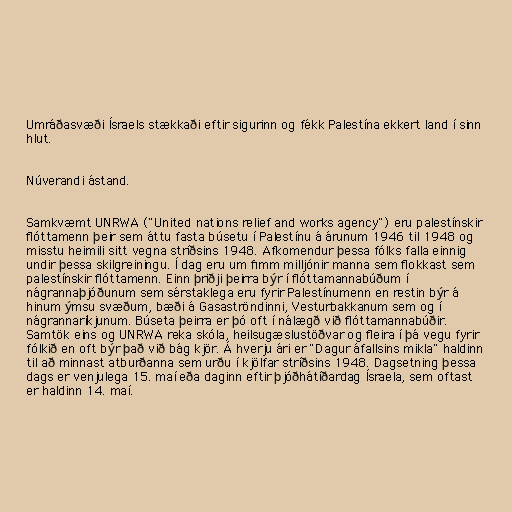
Umráðasvæði Ísraels stækkaði eftir sigurinn og fékk Palestína ekkert land í sinn
hlut.

Núverandi ástand.

Samkvæmt UNRWA ("United nations relief and works agency") eru palestínskir
flóttamenn þeir sem áttu fasta búsetu í Palestínu á árunum 1946 til 1948 og
misstu heimili sitt vegna stríðsins 1948. Afkomendur þessa fólks falla einnig
undir þessa skilgreiningu. Í dag eru um fimm milljónir manna sem flokkast sem
palestínskir flóttamenn. Einn þriðji þeirra býr í flóttamannabúðum í
nágrannaþjóðunum sem sérstaklega eru fyrir Palestínumenn en restin býr á
hinum ýmsu svæðum, bæði á Gasaströndinni, Vesturbakkanum sem og í
nágrannaríkjunum. Búseta þeirra er þó oft í nálægð við flóttamannabúðir.
Samtök eins og UNRWA reka skóla, heilsugæslustöðvar og fleira í þá vegu fyrir
fólkið en oft býr það við bág kjör. Á hverju ári er "Dagur áfallsins mikla" haldinn
til að minnast atburðanna sem urðu í kjölfar stríðsins 1948. Dagsetning þessa
dags er venjulega 15. maí eða daginn eftir þjóðhátíðardag Ísraela, sem oftast
er haldinn 14. maí.